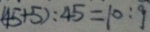
( 4 5 + 5 ) : 4 5 = 1 0 : 9